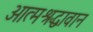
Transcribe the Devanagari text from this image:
आत्मश्रद्धावान